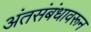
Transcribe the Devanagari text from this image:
अंतसंबंधावरून